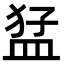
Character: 𭸒